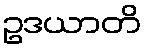
ဥဒယာတိ